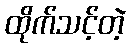
ထိုက်သင့်တဲ့